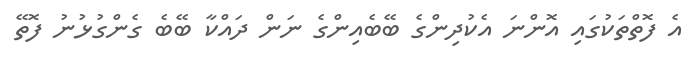
އެ ފޮތްތަކުގައި އޮންނަ އެކުދިންގެ ބޭބެއިންގެ ނަން ދައްކާ ބޭބެ ގެންގުޅުނު ފޮތޭ